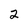
Character: 2